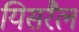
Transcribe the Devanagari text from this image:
यिसरैल